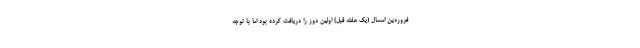
فروردین امسال (یک هفته قبل) اولین دوز را دریافت کرده بود اما با توجه